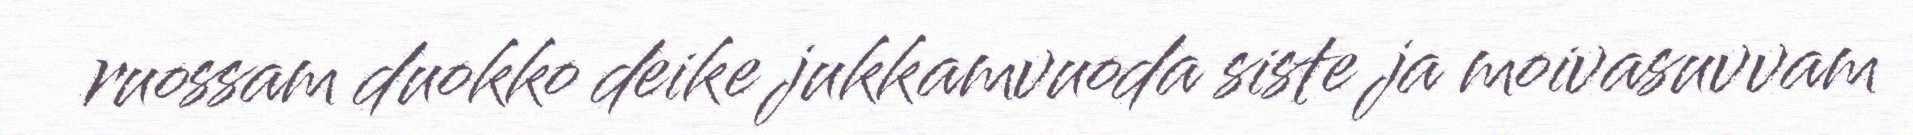
ruossam duokko deike jukkamvuoda siste ja moivasuvvam